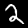
Digit: 2